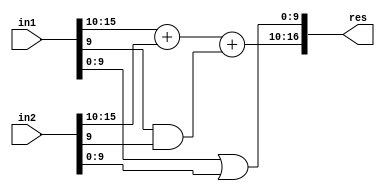
module LOA #(parameter LPL=10, parameter W=16)(
    input wire [W - 1:0] in1,
    input wire [W - 1:0] in2,
    output wire [W:0] res
    );

wire [LPL-1:0] in1LowerPart;
wire [LPL-1:0] in2LowerPart;
wire [W-LPL-1:0] in1UpperPart;
wire [W-LPL-1:0] in2UpperPart;
wire [W-LPL:0] midRes;
wire [LPL-1:0] ORLowerPart;
wire ANDN;

//assign  in1LowerPart= in1[LPL-1:0];
//assign  in2LowerPart= in2[LPL-1:0];
//assign  in1UpperPart= in1[W-LPL-1:LPL];
//assign  in2UpperPart= in2[W-LPL-1:LPL];
assign ORLowerPart = ((in1[LPL-1:0]) |( in2[LPL-1:0]));
and and_1(ANDN,in1[LPL-1],in2[LPL-1]);
assign  midRes= in1[W-1:LPL] + in2[W-1:LPL] + ANDN;
assign res = {midRes, ORLowerPart};

endmodule